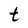
Character: t